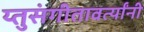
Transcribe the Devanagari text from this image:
य्तुसंगीतावर्त्यांनी